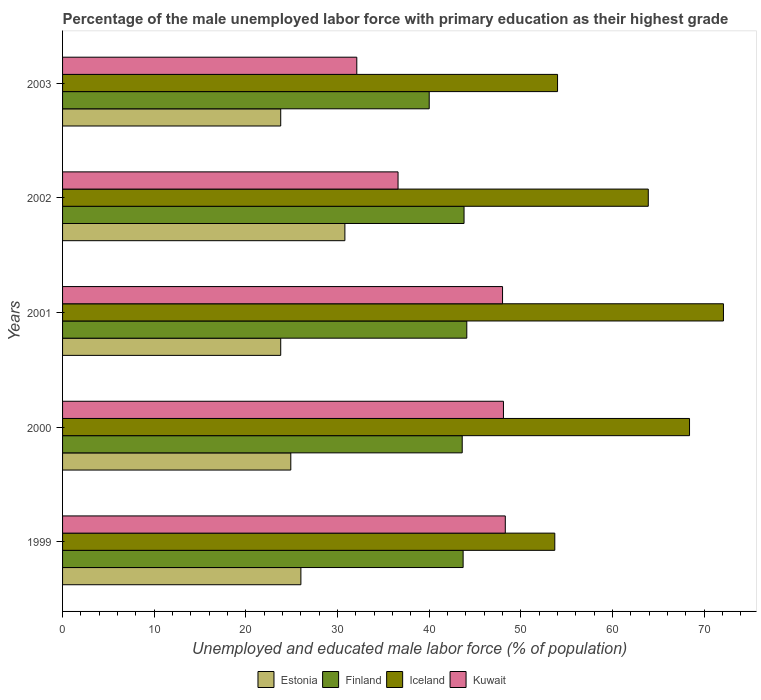
| Years | Estonia | Finland | Iceland | Kuwait |
 | --- | --- | --- | --- | --- |
 | 1999 | 26 | 43.7 | 53.7 | 48.3 |
 | 2000 | 24.9 | 43.6 | 68.4 | 48.1 |
 | 2001 | 23.8 | 44.1 | 72.1 | 48 |
 | 2002 | 30.8 | 43.8 | 63.9 | 36.6 |
 | 2003 | 23.8 | 40 | 54 | 32.1 |